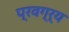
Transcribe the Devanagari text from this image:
प्रवग्र्य